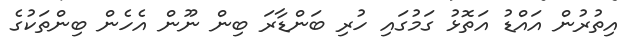
އިތުރުން އައްޑު އަތޮޅު ގަމުގައި ހުރި ބަންޑާރަ ބިން ނޫން އެހެން ބިންތަކުގެ